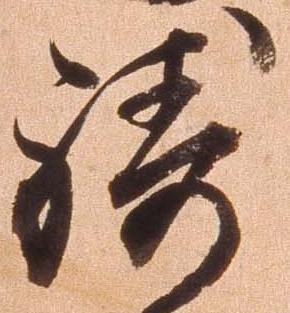
祷